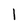
Character: l